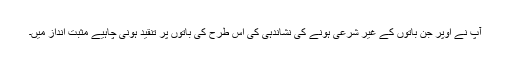
آپ نے اوپر جن باتوں کے غیر شرعی ہونے کی نشاندہی کی اس طرح کی باتوں پر تنقید ہونی چاہیے مثبت انداز میں۔